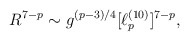
\begin{align*}R^{7-p} \sim g^{(p-3)/4} [\ell_p^{(10)}]^{7-p},\end{align*}